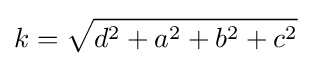
k={\sqrt {d^{2}+a^{2}+b^{2}+c^{2}}}